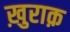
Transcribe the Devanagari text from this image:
ख़ुराक़